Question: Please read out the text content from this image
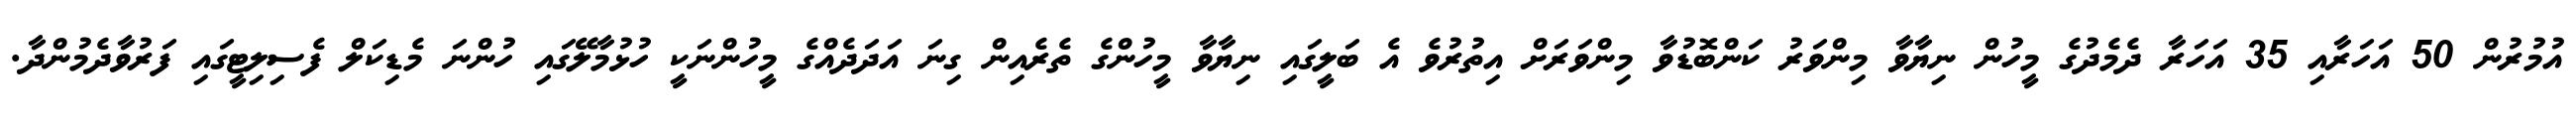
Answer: އުމުރުން 50 އަހަރާއި 35 އަހަރާ ދެމެދުގެ މީހުން ނިޔާވާ މިންވަރު ކަންބޮޑުވާ މިންވަރަށް އިތުރުވެ އެ ބަލީގައި ނިޔާވާ މީހުންގެ ތެރެއިން ގިނަ އަދަދެއްގެ މީހުންނަކީ ހުޅުމާލޭގައި ހުންނަ މެޑިކަލް ފެސިލިޓީގައި ފަރުވާދެމުންދާ.